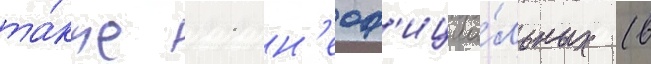
та́кже 11 н'еоф'ициа́льных (в